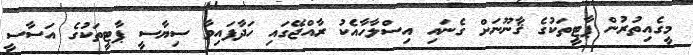
މީގެއިތުރުން ޕާޓީތަކުގެ ޤާނޫނަށް ގެނައި އިސްލާހާއެކު ރާއްޖޭގައި ހަދާފައިވާ ސިޔާސީ ޕާޓީތަކުގެ އަސާސީ